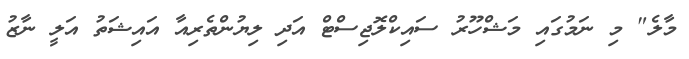
މާލެ" މި ނަމުގައި މަޝްހޫރު ސައިކްލޮޖިސްޓް އަދި ލިޔުންތެރިއާ އައިޝަތު އަލީ ނާޒު